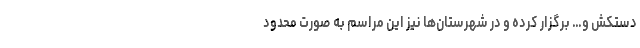
دستکش و… برگزار کرده و در شهرستان‌ها نیز این مراسم به صورت محدود